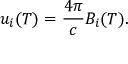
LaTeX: u _ { i } ( T ) = { \frac { 4 \pi } { c } } B _ { i } ( T ) .